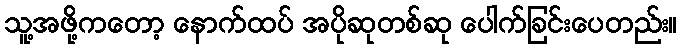
သူ့အဖို့ကတော့ နောက်ထပ် အပိုဆုတစ်ဆု ပေါက်ခြင်းပေတည်း။